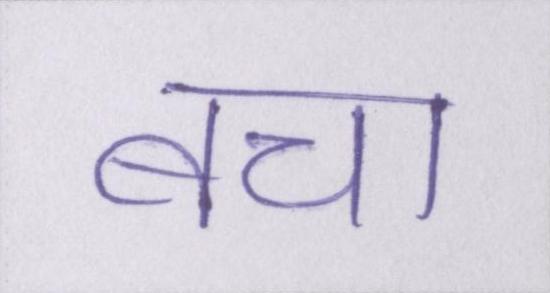
बचा